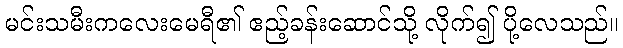
မင်းသမီးကလေးမေရီ၏ ဧည့်ခန်းဆောင်သို့ လိုက်၍ ပို့လေသည်။